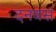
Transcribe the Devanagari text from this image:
दनबस